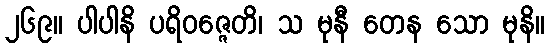
၂၆၉။ ပါပါနိ ပရိဝဇ္ဇေတိ၊ သ မုနီ တေန သော မုနိ။